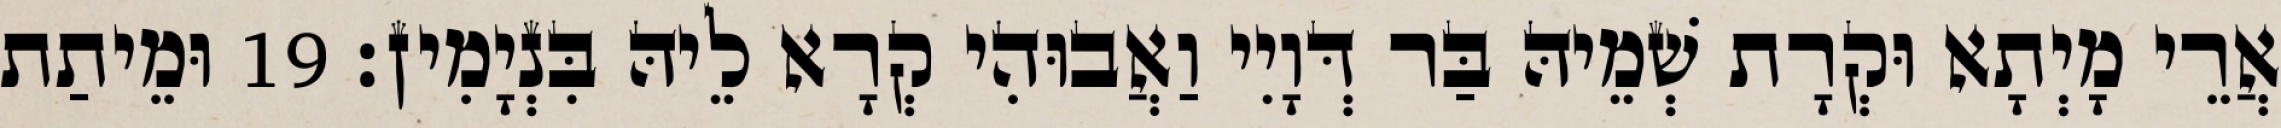
אֲרֵי מָיְתָא וּקְרָת שְׁמֵיהּ בַּר דְּוָיִי וַאֲבוּהִי קְרָא לֵיהּ בִּנְיָמִין׃ 19 וּמֵיתַת